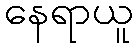
နေရာယူ